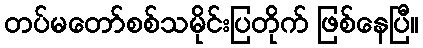
တပ်မတော်စစ်သမိုင်းပြတိုက် ဖြစ်နေပြီ။